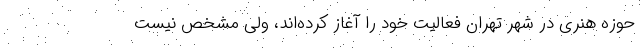
حوزه هنری در شهر تهران فعالیت خود را آغاز کرده‌اند، ولی مشخص نیست